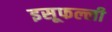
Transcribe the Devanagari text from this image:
इसूफल्ली